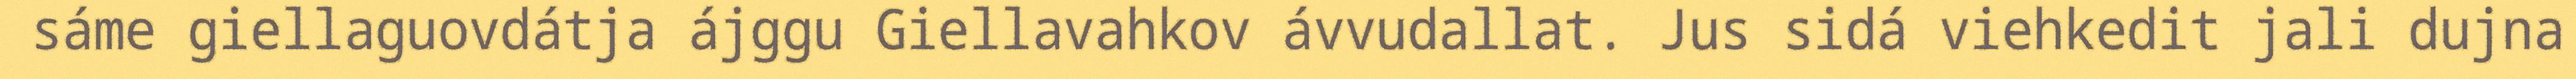
sáme giellaguovdátja ájggu Giellavahkov ávvudallat. Jus sidá viehkedit jali dujna